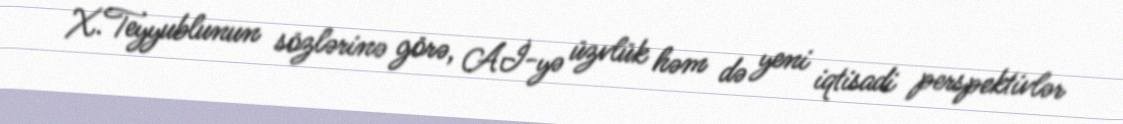
X.Teyyublunun sözlərinə görə, Aİ-yə üzvlük həm də yeni iqtisadi perspektivlər